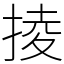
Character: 掕